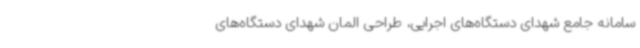
سامانه جامع شهدای دستگاه‌های اجرایی، طراحی المان شهدای دستگاه‌های